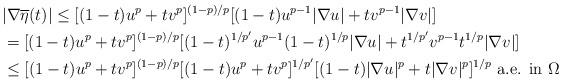
LaTeX: \begin{align*}&|\nabla \overline{\eta}(t)|\le [(1-t)u^p+tv^p]^{(1-p)/p}[(1-t)u^{p-1}|\nabla u|+tv^{p-1}|\nabla v|]\\&= [(1-t)u^p+tv^p]^{(1-p)/p}[(1-t)^{1/p'}u^{p-1}(1-t)^{1/p}|\nabla u|+t^{1/p'}v^{p-1}t^{1/p}|\nabla v|] \\&\le [(1-t)u^p+tv^p]^{(1-p)/p}[(1-t)u^p+tv^p]^{1/p'}[(1-t)|\nabla u|^p+t|\nabla v|^p]^{1/p}~\mbox{a.e. in}~ \Omega \end{align*}